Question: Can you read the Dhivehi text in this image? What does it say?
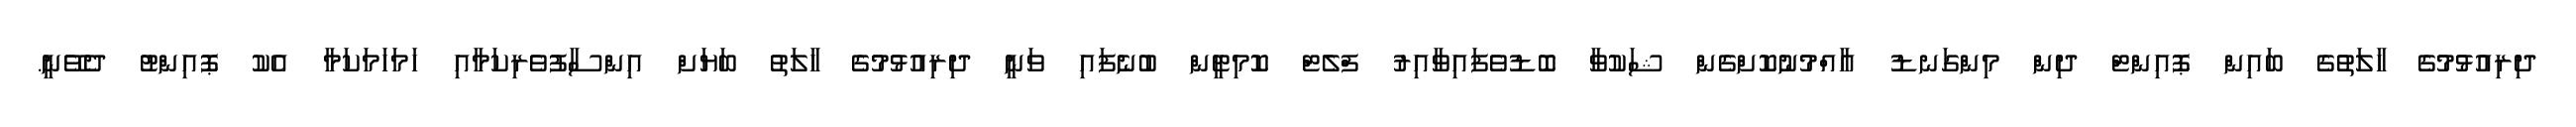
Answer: ދިރިއުޅުމުގެ ހާލަތުގެ ބައިން ޕޮއިންޓް ދިން މިންގަނޑު އާއްމުނުކޮށްގެން ޝަކުވާ ބޮޑުވެފައިވާއިރު ފްލެޓް ކޮމިޓީން ބުނެފައި ވަނީ ދިރިއުޅުމުގެ ހާލަތު ބަޔަށް އިންސާފުވެރިކަމާއި ހަމަހަމަކަމާ އެކު ޕޮއިންޓު ދެވޭނީ.